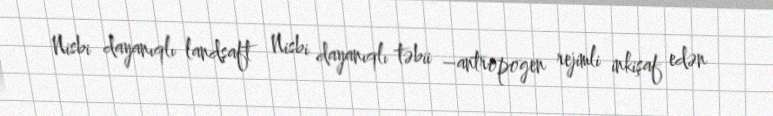
Nisbi dayanıqlı landşaft Nisbi dayanıqlı təbii –antropogen rejimli inkişaf edən